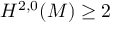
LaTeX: H ^ { 2 , 0 } ( M ) \geq 2